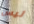
ليس